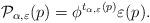
LaTeX: \begin{align*}\mathcal{P}_{\alpha , \varepsilon} (p)=\phi^{t_{\alpha , \varepsilon}(p)}{\varepsilon}(p).\end{align*}